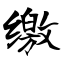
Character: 缴